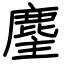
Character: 麈